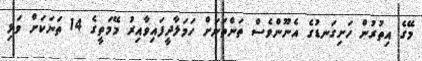
މޭގެ އިތުރުން ހަށިގަނޑުގެ އެނޫންވެސް ތަންތަނަށް ހަމަލާދީފައިވާއިރު މޭމަތީގެ 14 ތަނަކަށް ވަޅި